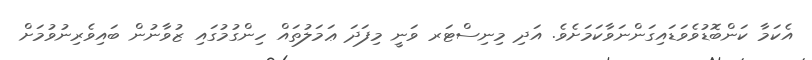
އެކަމާ ކަންބޮޑުވެވަޑައިގަންނަވާކަމަށެވެ. އަދި މިނިސްޓަރ ވަނީ މިފަދަ ޢަމަލުތައް ހިންގުމުގައި ޒުވާނުން ބައިވެރިނުވުމަށް